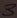
Text: 3